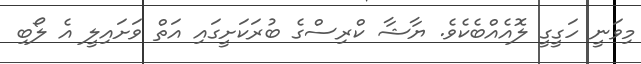
މިވަނީ ހަގީގީ ލޮއެއްބެކެވެ. ޔާޝާ ކްރިސްގެ ބުރަކަށީގައި އަތް ވަށައިލީ އެ ލޯބި